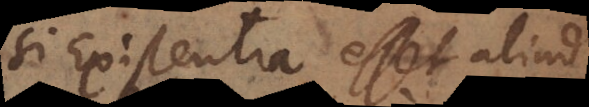
Si Existentia esset aliud